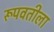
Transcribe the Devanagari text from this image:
रूपवतीला